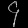
Digit: ၄